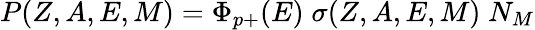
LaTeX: P(Z,A,E,M)=\Phi_{p+}(E)\; \sigma(Z,A,E,M)\; N_{M}